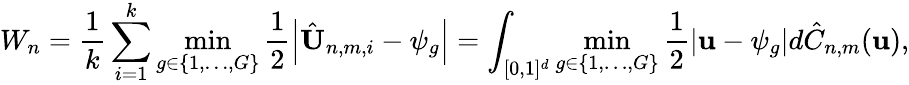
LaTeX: W_{n}=\frac{1}{k}\sum_{i=1}^{k}\underset{g\in\{ 1,\dots,G\} }{\operatorname*{min}}\frac{1}{2}\left|\hat{\textbf{U}}_{n,m,i}-\psi_{g}\right|=\int_{[0,1]^{d}}\underset{g\in\{ 1,\dots,G\} }{\operatorname*{min}}\frac{1}{2}\left|\textbf{u}-\psi_{g}\right|d\hat{C}_{n,m}(\textbf{u}),